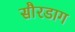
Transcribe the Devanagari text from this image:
सौरडाग